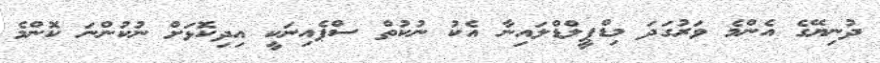
ދުނިޔޭގެ އެންމެ ވަރުގަދަ މިޑްފީލްޑްލައިނާ އެކު ނުކުތް ސްޕެއިނަކީ އިދިކޮޅަށް ނުކުންނަ ކޮންމެ